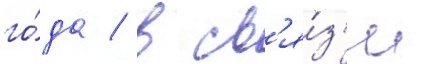
го́да / в св'я́з'и